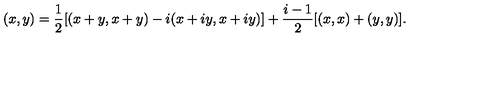
( x , y ) = \frac { 1 } { 2 } [ ( x + y , x + y ) - i ( x + i y , x + i y ) ] + \frac { i - 1 } { 2 } [ ( x , x ) + ( y , y ) ] .